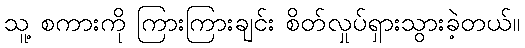
သူ့ စကားကို ကြားကြားချင်း စိတ်လှုပ်ရှားသွားခဲ့တယ်။